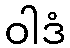
ဝါဒံ